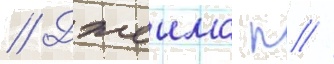
// Джеимс п //